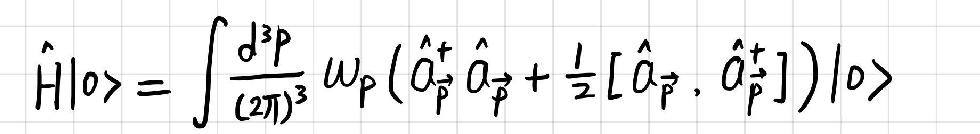
\[ \hat{H}|0\rangle = \int \frac{d^{3}p}{(2\pi)^{3}} \omega_{p} \left( \hat{a}_{\vec{p}}^{\dagger} \hat{a}_{\vec{p}} + \frac{1}{2} [ \hat{a}_{\vec{p}} , \hat{a}_{\vec{p}}^{\dagger} ] \right) |0\rangle \]